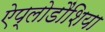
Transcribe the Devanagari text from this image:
ऐप्लोडौंशिया